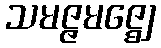
သမဇ္ဇမဇ္ဈေ